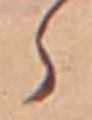
ら